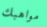
مواهبك